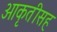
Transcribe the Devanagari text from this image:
आकृतीसह